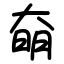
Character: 奛